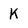
Character: K